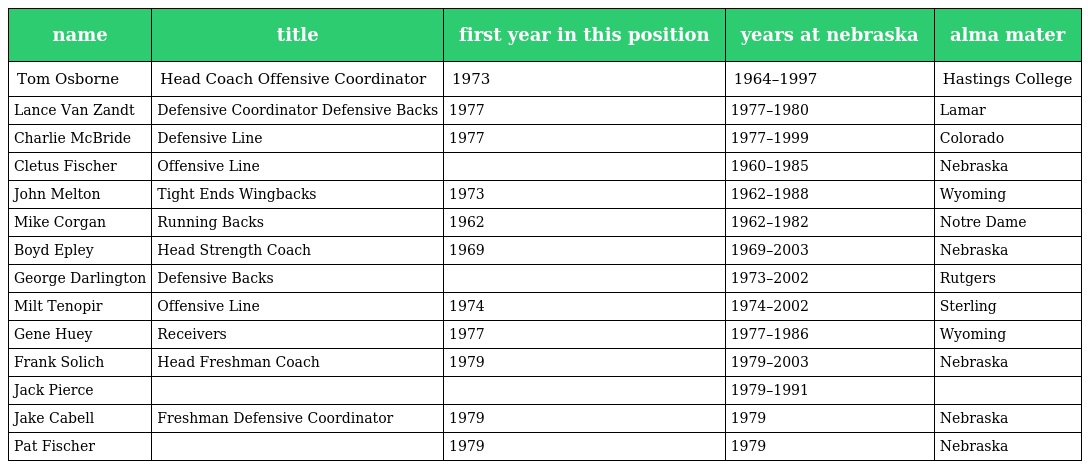
| name | title | first year in this position | years at nebraska | alma mater |
 | --- | --- | --- | --- | --- |
 | Tom Osborne | Head Coach Offensive Coordinator | 1973 | 1964–1997 | Hastings College |
 | Lance Van Zandt | Defensive Coordinator Defensive Backs | 1977 | 1977–1980 | Lamar |
 | Charlie McBride | Defensive Line | 1977 | 1977–1999 | Colorado |
 | Cletus Fischer | Offensive Line |  | 1960–1985 | Nebraska |
 | John Melton | Tight Ends Wingbacks | 1973 | 1962–1988 | Wyoming |
 | Mike Corgan | Running Backs | 1962 | 1962–1982 | Notre Dame |
 | Boyd Epley | Head Strength Coach | 1969 | 1969–2003 | Nebraska |
 | George Darlington | Defensive Backs |  | 1973–2002 | Rutgers |
 | Milt Tenopir | Offensive Line | 1974 | 1974–2002 | Sterling |
 | Gene Huey | Receivers | 1977 | 1977–1986 | Wyoming |
 | Frank Solich | Head Freshman Coach | 1979 | 1979–2003 | Nebraska |
 | Jack Pierce |  |  | 1979–1991 |  |
 | Jake Cabell | Freshman Defensive Coordinator | 1979 | 1979 | Nebraska |
 | Pat Fischer |  | 1979 | 1979 | Nebraska |